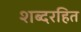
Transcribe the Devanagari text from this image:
शब्दरहित